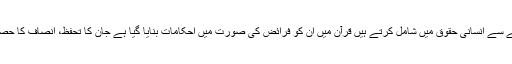
وہ اصول جنہیں ہم انسانیت کے حوالے سے انسانی حقوق میں شامل کرتے ہیں قرآن میں ان کو فرائض کی صورت میں احکامات بنایا گیا ہے جان کا تحفظ، انصاف کا حصول، مساوات، معاشرتی نظام شرکت۔